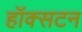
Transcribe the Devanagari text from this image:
हॉक्सटन